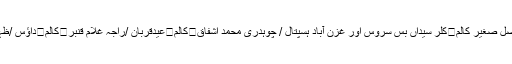
کالم	پیپلزپارٹی زوال کا شکار/فیصل صغیر کالم	کلر سیداں بس سروس اور غزن آباد ہسپتال / چوہدری محمد اشفاق	کالم	عیدقربان /راجہ غلام قنبر	کالم	داؤس /ظہیر احمد	کالم	ترقیاتی منصوبے۔